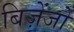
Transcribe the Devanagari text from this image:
बिज़ेंजो